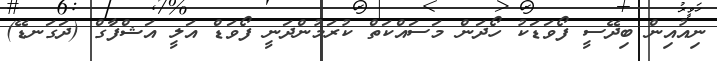
ނިއުއިން ބިދޭސީ ފޯވަޑަކު ހޯދަން މަސައްކަތް ކުރަމުންދަނީ ފޯވަޑް އަލީ އަޝްފާގް (ދަގަނޑޭ)